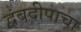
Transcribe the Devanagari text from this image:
द्वंबदीपाचा